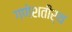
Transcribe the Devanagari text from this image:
गणेशतीर्थ